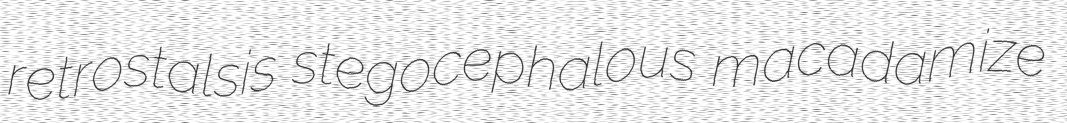
retrostalsis stegocephalous macadamize